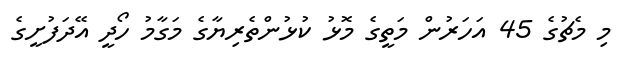
މި މެޗުގެ 45 އަހަރުން މަތީގެ މޮޅު ކުޅުންތެރިޔާގެ މަގާމު ހޯދީ އޭދަފުށީގެ